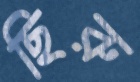
ছিরু